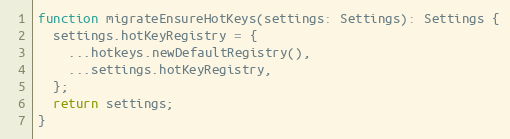
Language: JavaScript
function migrateEnsureHotKeys(settings: Settings): Settings {
  settings.hotKeyRegistry = {
    ...hotkeys.newDefaultRegistry(),
    ...settings.hotKeyRegistry,
  };
  return settings;
}